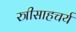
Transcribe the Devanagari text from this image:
स्त्रीसाहचर्य